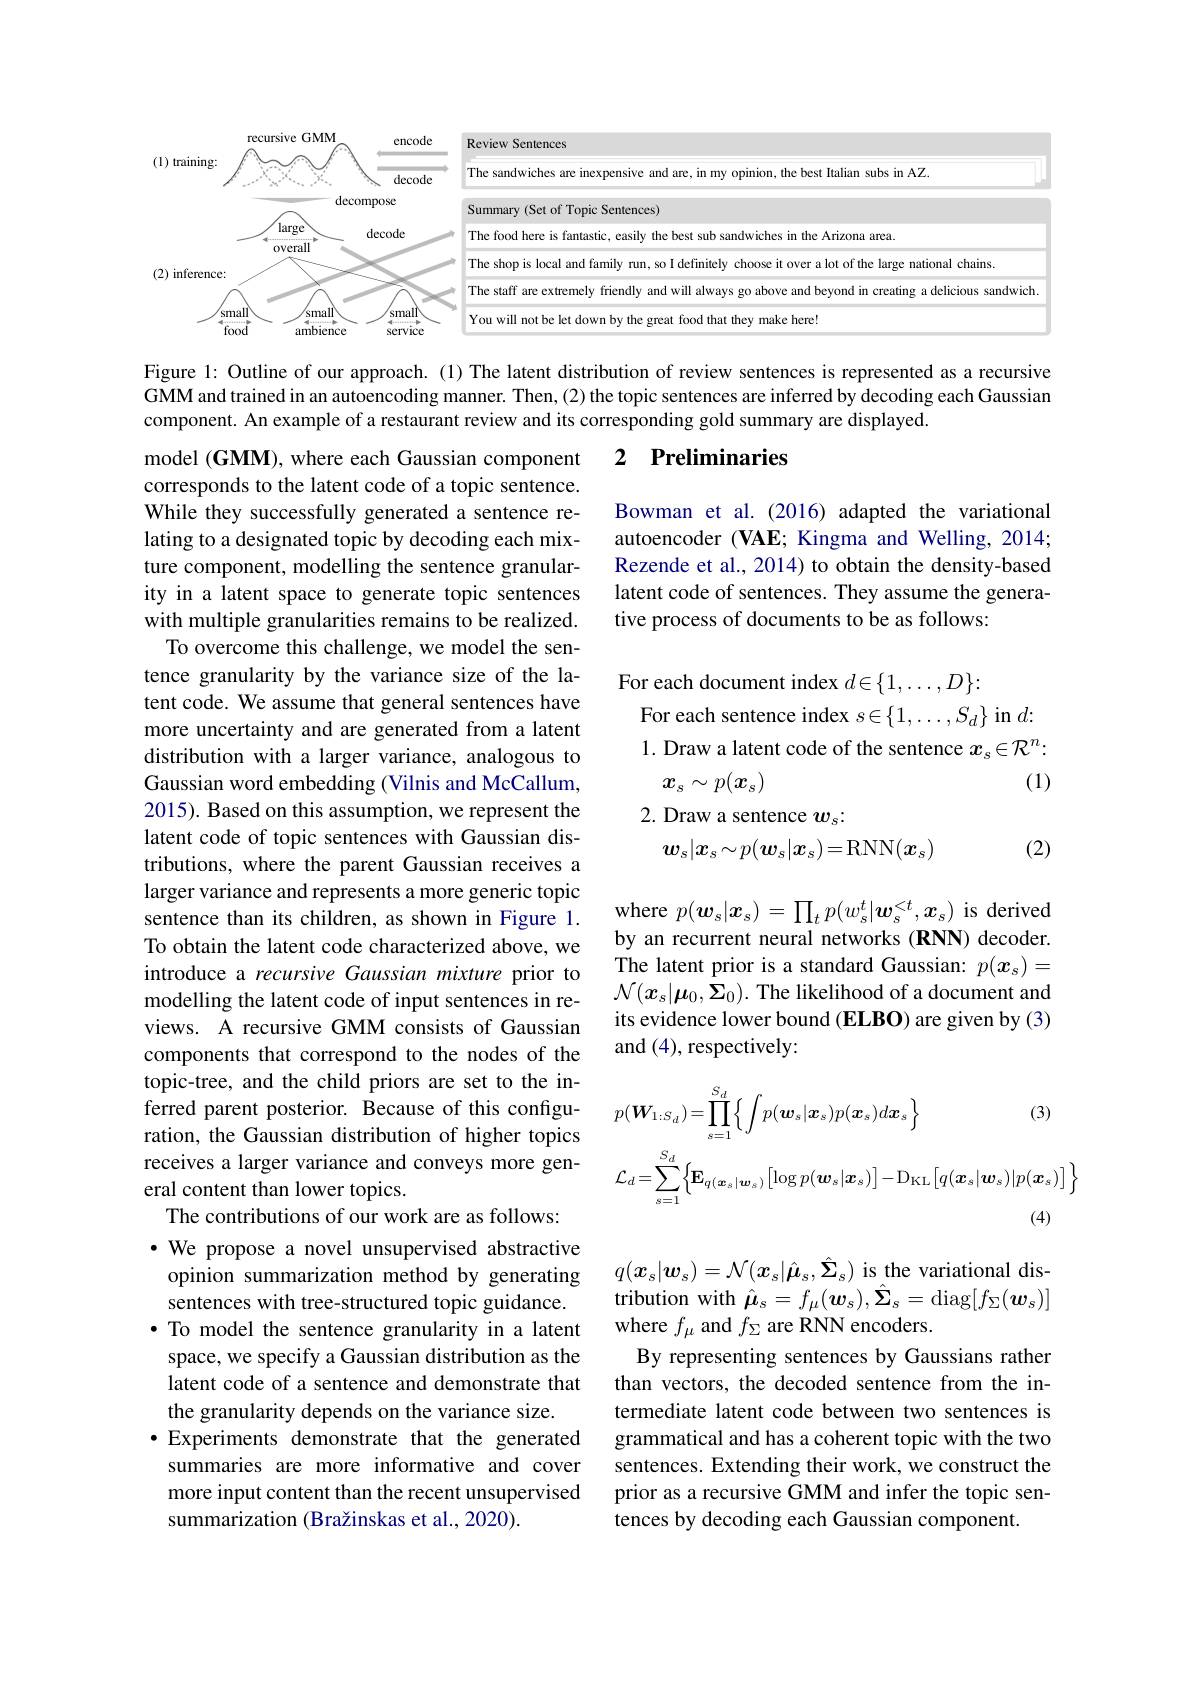
<table>
	<tbody>
		<tr>
			<th>recursiv</th>
			<th>recursive GMM encoc</th>
			<th>Review Sentences</th>
		</tr>
		<tr>
			<td>(1) training:</td>
			<td>decoc</td>
			<td>The sandwiches are inexpensi ion, the best Italian subs in AZ.</td>
		</tr>
		<tr>
			<td> </td>
			<td>decompose</td>
			<td>Summary (Set of Topic Sentences)</td>
		</tr>
		<tr>
			<td>la</td>
			<td>large decode</td>
			<td>The food here is fantastic. sandwiches in the Arizona area.</td>
		</tr>
		<tr>
			<td> </td>
			<td>VVVIUII</td>
			<td>The shop is local and family lot of the large national chains</td>
		</tr>
		<tr>
			<td>(-1)</td>
			<td> </td>
			<td>The staff are ex cious sandwic</td>
		</tr>
		<tr>
			<td>small</td>
			<td>small nall smal</td>
			<td>You will not be y make here!</td>
		</tr>
	</tbody>
</table>

Figure 1: Outline of our approach. (1) The latent distribution of review sentences is represented as a recursive GMM and trained in an autoencoding manner. Then, (2) the topic sentences are inferred by decoding each Gaussian component. An example of a restaurant review and its corresponding gold summary are displayed.

### 2 Preliminaries

Bowman et al.(2016) adapted the variational autoencoder (VAE; Kingma and Welling, 2014; Rezende et al., 2014) to obtain the density-based latent code of sentences. They assume the generative process of documents to be as follows:

For each document index $d\in\{1,\ldots,D\}:$
For each sentence index $s\in\{1,\ldots,S_d\}$ in $d:$ 1. Draw a latent code of the sentence $x_\mathrm{s}\in\mathcal{R}^n:$
(1)
$x_s\sim p(x_s)$
2. Draw a sentence $w_s:$

$w_s|x_s\sim p(\boldsymbol{w}_s|\boldsymbol{x}_s)=$RNN$(x_s)$

(2)

where $p(\boldsymbol{w}_s|\boldsymbol{x}_s)=\prod_tp(w_s^t|\boldsymbol{w}_s^{<t},\boldsymbol{x}_s)$ is derived by an recurrent neural networks (RNN) decoder. The latent prior is a standard Gaussian: $p(x_s)=$ $\mathcal{N}(x_s|\boldsymbol{\mu}_0,\boldsymbol{\Sigma}_0).$ The likelihood of a document and its evidence lower bound (ELBO) are given by (3) and (4),respectively:

model (GMM), where each Gaussian component corresponds to the latent code of a topic sentence. While they successfully generated a sentence relating to a designated topic by decoding each mixture component, modelling the sentence granularity in a latent space to generate topic sentences with multiple granularities remains to be realized.
To overcome this challenge, we model the sentence granularity by the variance size of the latent code. We assume that general sentences have more uncertainty and are generated from a latent distribution with a larger variance, analogous to Gaussian word embedding (Vilnis and McCallum, 2015). Based on this assumption, we represent the latent code of topic sentences with Gaussian distributions, where the parent Gaussian receives a larger variance and represents a more generic topic sentence than its children, as shown in Figure 1. To obtain the latent code characterized above, we introduce a recursive Gaussian mixture prior to modelling the latent code of input sentences in reviews. A recursive GMM consists of Gaussian components that correspond to the nodes of the topic-tree, and the child priors are set to the inferred parent posterior. Because of this configuration, the Gaussian distribution of higher topics receives a larger variance and conveys more general content than lower topics.
The contributions of our work are as follows:
·We propose a novel unsupervised abstractive opinion summarization method by generating sentences with tree-structured topic guidance. ·To model the sentence granularity in a latent space, we specify a Gaussian distribution as the latent code of a sentence and demonstrate that the granularity depends on the variance size.
$\bullet$ Experiments demonstrate that the generated summaries are more informative and cover more input content than the recent unsupervised summarization (Bražinskas et al., 2020)
$$\begin{aligned}&p(\boldsymbol{W}_{1:S_{d}})=\prod_{s=1}^{S_{d}}\Big\{\int p(\boldsymbol{w}_{s}|\boldsymbol{x}_{s})p(\boldsymbol{x}_{s})d\boldsymbol{x}_{s}\Big\}&\text{(3)}\\&\mathcal{L}_{d}=\sum_{s=1}^{S_{d}}\Big\{\mathbf{E}_{q(\boldsymbol{x}_{s}|\boldsymbol{w}_{s})}\Big[\log p(\boldsymbol{w}_{s}|\boldsymbol{x}_{s})\Big]-\mathrm{D}_{\mathrm{KL}}\Big[q(\boldsymbol{x}_{s}|\boldsymbol{w}_{s})|p(\boldsymbol{x}_{s})\Big]\Big\}\\&&\text{(4)}\end{aligned}$$
$q(x_s|\boldsymbol{w}_s)=\mathcal{N}(x_s|\hat{\boldsymbol{\mu}}_s,\hat{\boldsymbol{\Sigma}}_s)$ is the variational distribution with $\hat{\boldsymbol{\mu}}_s=f_\mu(\boldsymbol{w}_s),\hat{\boldsymbol{\Sigma}}_s=$diag$[f_\Sigma(\boldsymbol{w}_s)]$ where $f_{\mu}$ and $f_\Sigma$ are RNN encoders.
By representing sentences by Gaussians rather than vectors, the decoded sentence from the intermediate latent code between two sentences is grammatical and has a coherent topic with the two sentences. Extending their work, we construct the prior as a recursive GMM and infer the topic sentences by decoding each Gaussian component.